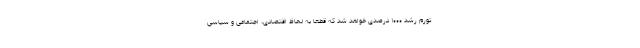
تورم رشد ۱۰۰۰ درصدی خواهد شد که قطعاً به لحاظ اقتصادی، اجتماعی و سیاسی